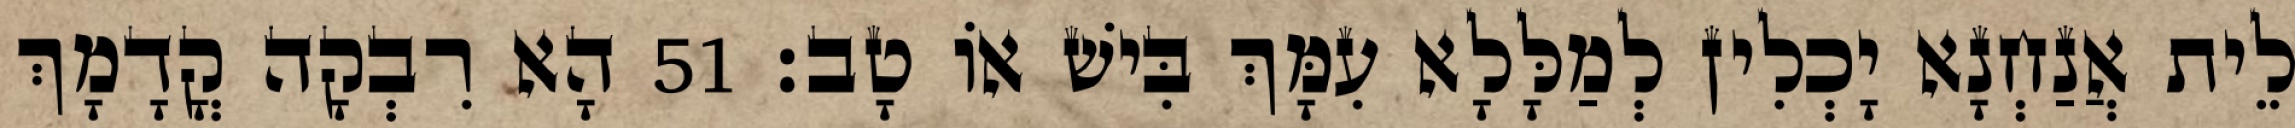
לֵית אֲנַחְנָא יָכְלִין לְמַלָּלָא עִמָּךְ בִּישׁ אוֹ טָב׃ 51 הָא רִבְקָה קֳדָמָךְ